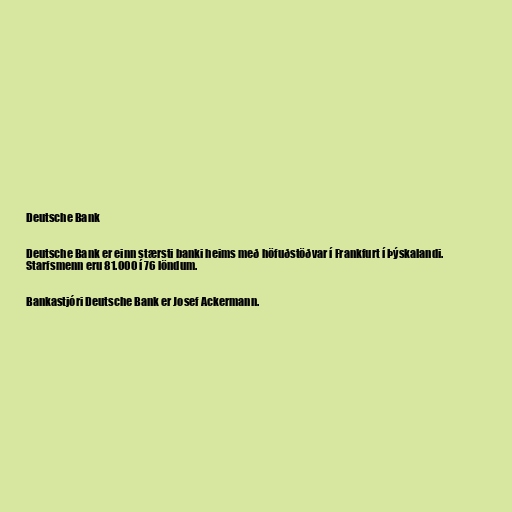
Deutsche Bank

Deutsche Bank er einn stærsti banki heims með höfuðstöðvar í Frankfurt í Þýskalandi.
Starfsmenn eru 81.000 í 76 löndum.

Bankastjóri Deutsche Bank er Josef Ackermann.